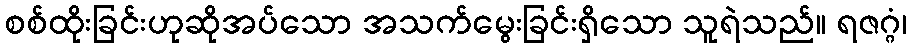
စစ်ထိုးခြင်းဟုဆိုအပ်သော အသက်မွေးခြင်းရှိသော သူရဲသည်။ ရဇဂ္ဂံ၊